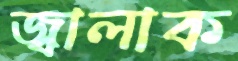
জ্বালাক